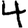
Digit: 4